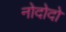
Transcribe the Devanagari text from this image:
नोदोदो